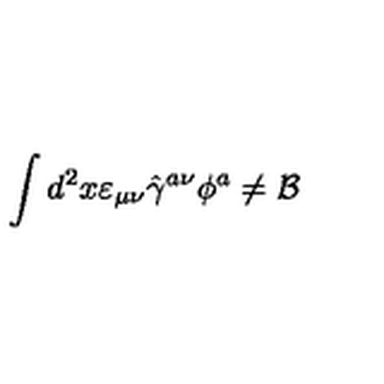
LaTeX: \int d ^ { 2 } x \varepsilon _ { \mu \nu } \hat { \gamma } ^ { a \nu } \phi ^ { a } \neq { \cal B }